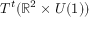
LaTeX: T ^ { t } ( \mathbb { R } ^ { 2 } \times U ( 1 ) )